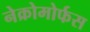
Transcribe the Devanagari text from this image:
नेक्रोमोर्फस